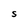
Character: S